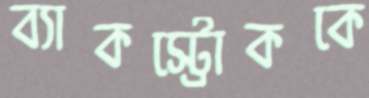
ব্যাকস্ট্রোককে